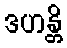
ဒဟန္တိ